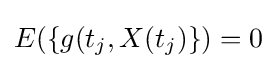
E(\{g(t_{j},X(t_{j})\})=0